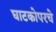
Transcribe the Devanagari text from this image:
घाटकोपरचे